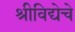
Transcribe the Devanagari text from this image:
श्रीविद्येचे